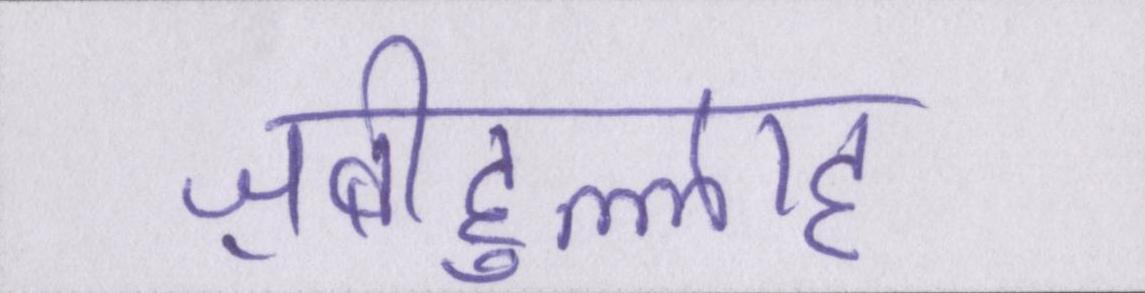
ज़बीहुल्लाह